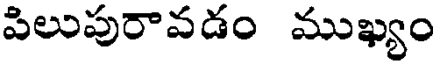
పిలుపురావడం ముఖ్యం